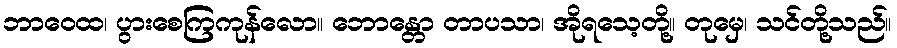
ဘာဝေထ၊ ပွားစေကြကုန်လော။ ဘောန္တော တာပသာ၊ အိုရသေ့တို့။ တုမှေ၊ သင်တို့သည်။